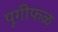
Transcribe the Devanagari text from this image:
पूगीफळ